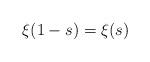
LaTeX: \begin{align*}\xi(1-s)=\xi(s)\end{align*}